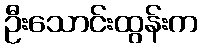
ဦးသောင်းထွန်းက